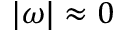
| \omega | \approx 0